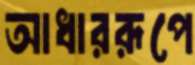
আধাররূপে